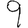
Digit: 9